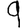
Digit: 9